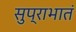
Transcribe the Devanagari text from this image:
सुप्राभातं